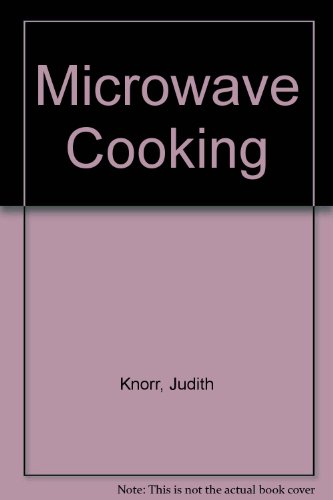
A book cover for Microwave Cooking (California Culinary Academy series); Judith Knorr; Cookbooks, Food & Wine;